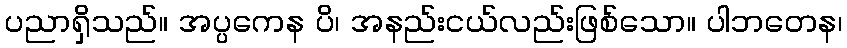
ပညာရှိသည်။ အပ္ပကေန ပိ၊ အနည်းငယ်လည်းဖြစ်သော။ ပါဘတေန၊